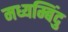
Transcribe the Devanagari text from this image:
मध्यम्बिंदु